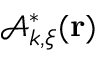
\mathcal { A } _ { { \boldsymbol k } , { \boldsymbol \xi } } ^ { * } ( { \bf r } )